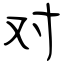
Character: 对